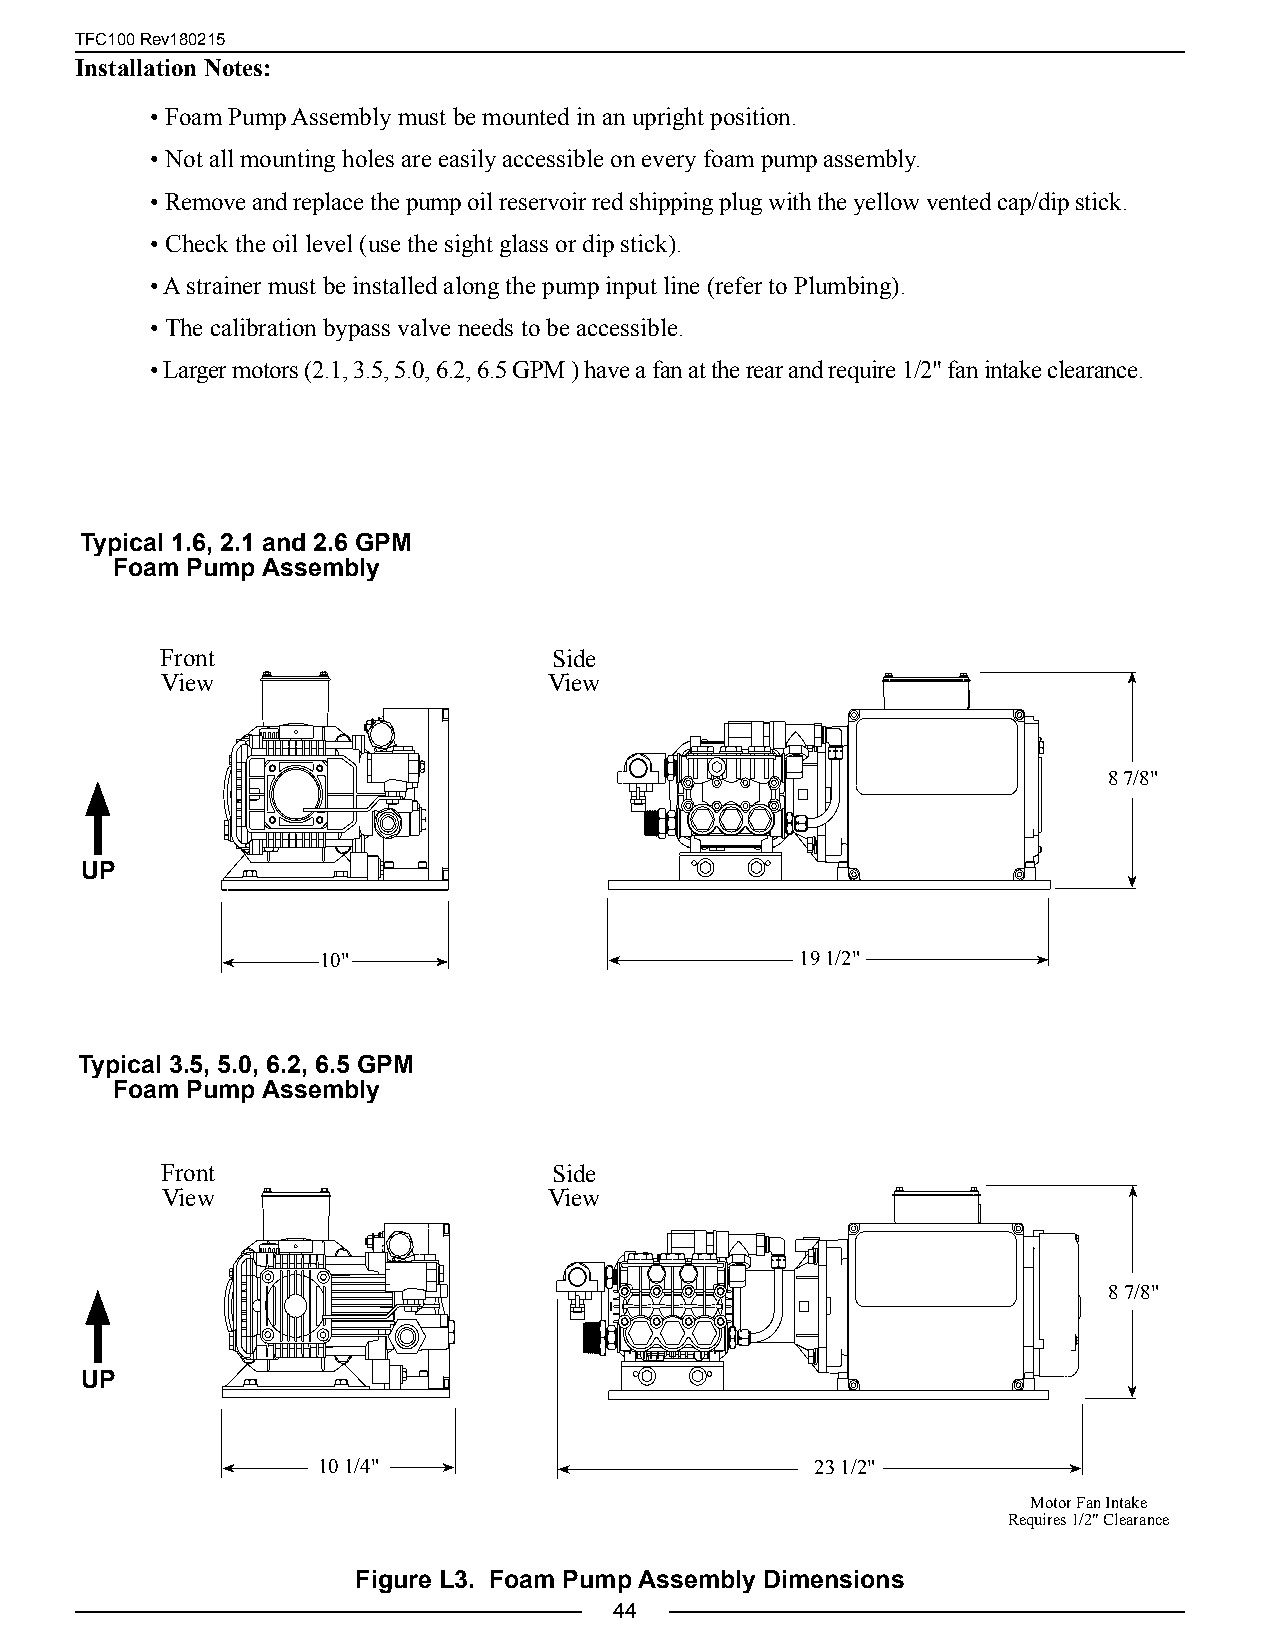
TFC100 Rev180215
 Installation Notes:
 • Foam Pump Assembly must be mounted in an upright position.
 • Not all mounting holes are easily accessible on every foam pump assembly.
 • Remove and replace the pump oil reservoir red shipping plug with the yellow vented cap/dip stick.
 • Check the oil level (use the sight glass or dip stick).
 • A strainer must be installed along the pump input line (refer to Plumbing).
 • The calibration bypass valve needs to be accessible.
 • Larger motors (2.1, 3.5, 5.0, 6.2, 6.5 GPM ) have a fan at the rear and require 1/2" fan intake clearance.
 Typical 1.6, 2.1 and 2.6 GPM
 Foam Pump Assembly
 Front                     Side
 View                     View
 8 7/8"
 UP
 10"                             19 1/2"
 Typical 3.5, 5.0, 6.2, 6.5 GPM
 Foam Pump Assembly
 Front                     Side
 View                     View
 8 7/8"
 UP
 10 1/4"                          23 1/2"
 Motor Fan Intake
 Requires 1/2" Clearance
 Figure L3. Foam Pump Assembly Dimensions
 44